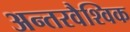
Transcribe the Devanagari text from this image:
अन्तरवैश्विक